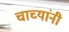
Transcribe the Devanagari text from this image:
चाच्यांनी